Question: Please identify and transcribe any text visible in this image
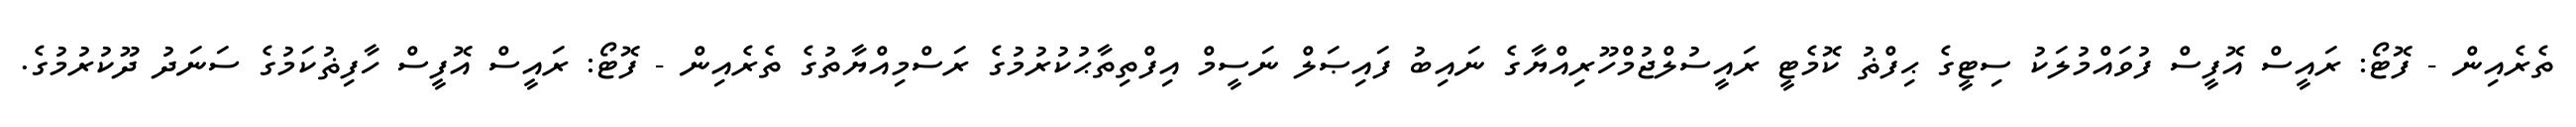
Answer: ތެރެއިން - ފޮޓޯ: ރައީސް އޮފީސް ފުވައްމުލަކު ސިޓީގެ ޙިފްޡު ކޮމެޓީ ރައީސުލްޖުމްހޫރިއްޔާގެ ނައިބު ފައިޞަލް ނަސީމް އިފްތިތާޙުކުރުމުގެ ރަސްމިއްޔާތުގެ ތެރެއިން - ފޮޓޯ: ރައީސް އޮފީސް ހާފިޡުކަމުގެ ސަނަދު ދޫކުރުމުގެ.